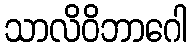
သာလိဝိဘာဂေါ